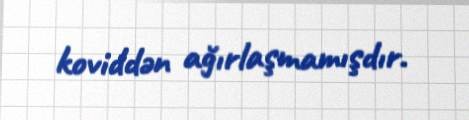
koviddən ağırlaşmamışdır.